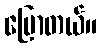
ပြောတယ်။